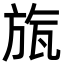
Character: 旊